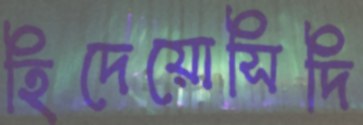
হিদেয়োসিদি